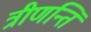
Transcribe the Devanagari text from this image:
त्रीणन्ति